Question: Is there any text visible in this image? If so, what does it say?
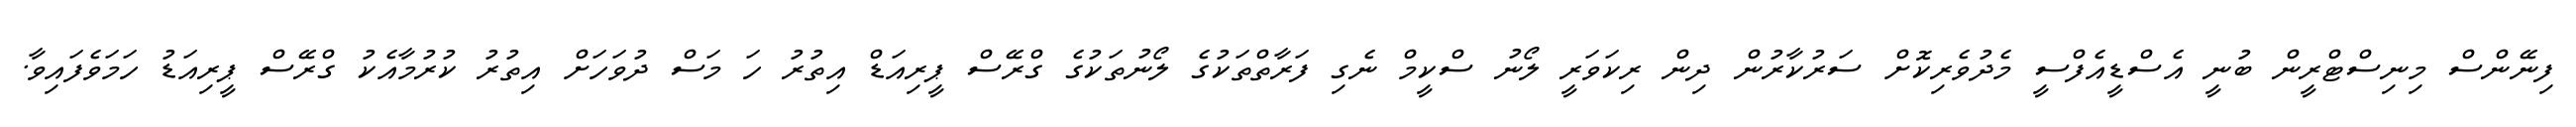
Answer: ފިނޭންސް މިނިސްޓްރީން ބުނީ އެސްޑީއެފްސީ މެދުވެރިކޮށް ސަރުކާރުން ދިން ރިކަވަރީ ލޯނު ސްކީމް ނެގި ފަރާތްތަކުގެ ލޯނުތަކުގެ ގްރޭސް ޕީރިއަޑް އިތުރު ހަ މަސް ދުވަހަށް އިތުރު ކުރުމާއެކު ގްރޭސް ޕީރިއަޑު ހަމަވެފައިވާ.